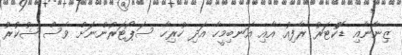
ޒިނާނާއި ޑޮކްޓަރު ރާފިއު އާއި އަނބިމީހާ އަދި ހުރިހާ ސަޕޯޓަރުންނަށް ވެސް ޝުކުރު